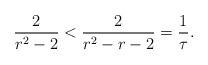
LaTeX: \begin{align*} \frac{2}{r^2-2} < \frac{2}{r^2-r-2} = \frac{1}{\tau}.\end{align*}